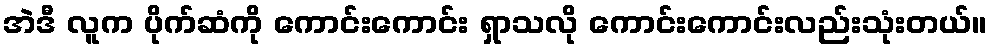
အဲဒီ လူက ပိုက်ဆံကို ကောင်းကောင်း ရှာသလို ကောင်းကောင်းလည်းသုံးတယ်။